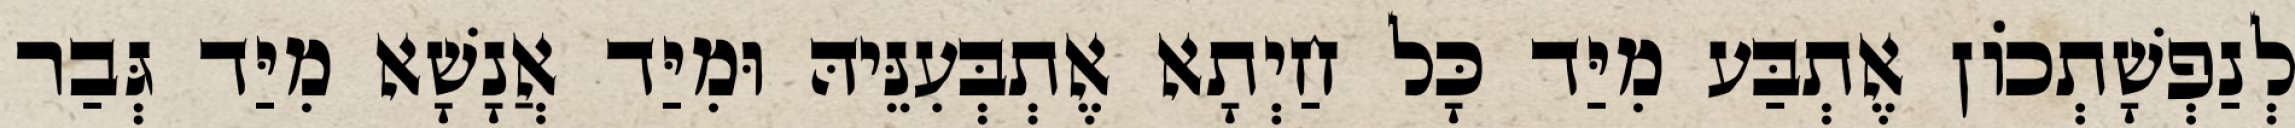
לְנַפְשָׁתְכוֹן אֶתְבַּע מִיַּד כָּל חַיְתָא אֶתְבְּעִנֵּיהּ וּמִיַּד אֲנָשָׁא מִיַּד גְּבַר